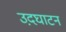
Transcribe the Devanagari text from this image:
उद़घाटन